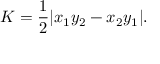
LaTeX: K = { \frac { 1 } { 2 } } | x _ { 1 } y _ { 2 } - x _ { 2 } y _ { 1 } | .